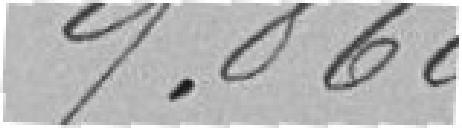
9860